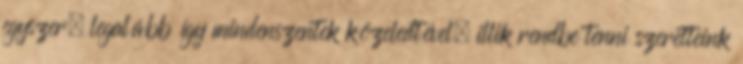
egyszer, legalább így mindenszentek közeledtével, illik rendbe tenni szeretteink